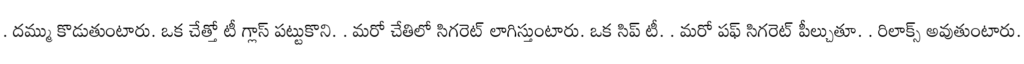
. దమ్ము కొడుతుంటారు. ఒక చేత్తో టీ గ్లాస్ పట్టుకొని. . మరో చేతిలో సిగరెట్ లాగిస్తుంటారు. ఒక సిప్ టీ. . మరో పఫ్ సిగరెట్ పీల్చుతూ. . రిలాక్స్ అవుతుంటారు.